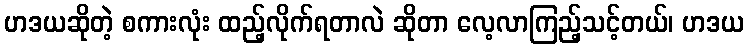
ဟဒယဆိုတဲ့ စကားလုံး ထည့်လိုက်ရတာလဲ ဆိုတာ လေ့လာကြည့်သင့်တယ်၊ ဟဒယ